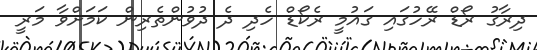
ދިރާގު ރޯޑް ރޭހުގައި ގައުމީ ރެކޯޑް ހެދި ދެ ދުވުންތެރިން ކަމަށްވާ މަރީ